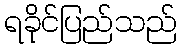
ရခိုင်ပြည်သည်